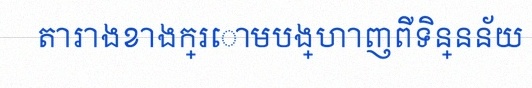
តារាងខាងក្រោមបង្ហាញពីទិន្នន័យ